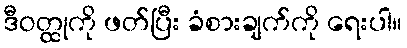
ဒီဝတ္ထုကို ဖတ်ပြီး ခံစားချက်ကို ရေးပါ။